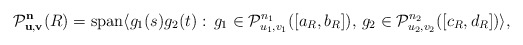
\begin{align*}{\cal P}^{\bf n}_{\bf u,v}(R) = \hbox{span} \langle g_1(s) g_2(t): \,g_1 \in {\cal P}^{n_1}_{u_1,v_1}([a_R,b_R]), \,g_2 \in {\cal P}^{n_2}_{u_2,v_2}([c_R,d_R]) \rangle, \end{align*}